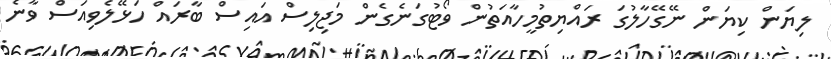
ލިޔަން ކިޔަން ނޭގޭހާލުގަ ރައްޔިތުމީހާއަތުން ވޯޓުގަނެގެން މަޖިލިސް އައިސް ބާރައް ހަޅޭލެވިއަސް ވާނެ